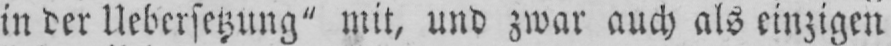
in der Uebersetzung“ mit, und zwar auch als einzigen